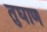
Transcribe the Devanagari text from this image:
तुघाण